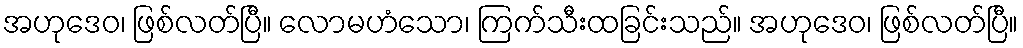
အဟုဒေဝ၊ ဖြစ်လတ်ပြီ။ လောမဟံသော၊ ကြက်သီးထခြင်းသည်။ အဟုဒေဝ၊ ဖြစ်လတ်ပြီ။